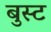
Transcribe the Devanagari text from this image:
बुस्ट